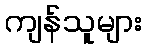
ကျန်သူများ